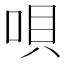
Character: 唄